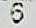
6